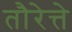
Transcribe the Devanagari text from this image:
तौरेत्ते